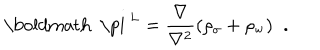
\mathrm { \boldmath ~ \ p i ~ } ^ { L } = \frac { \bf \nabla \mathrm { } } { \bf \nabla \mathrm { ^ 2 } } ( \rho _ { \sigma } + \rho _ { \mathrm { w } } ) \; \; .